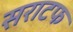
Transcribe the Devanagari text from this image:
सराटफ